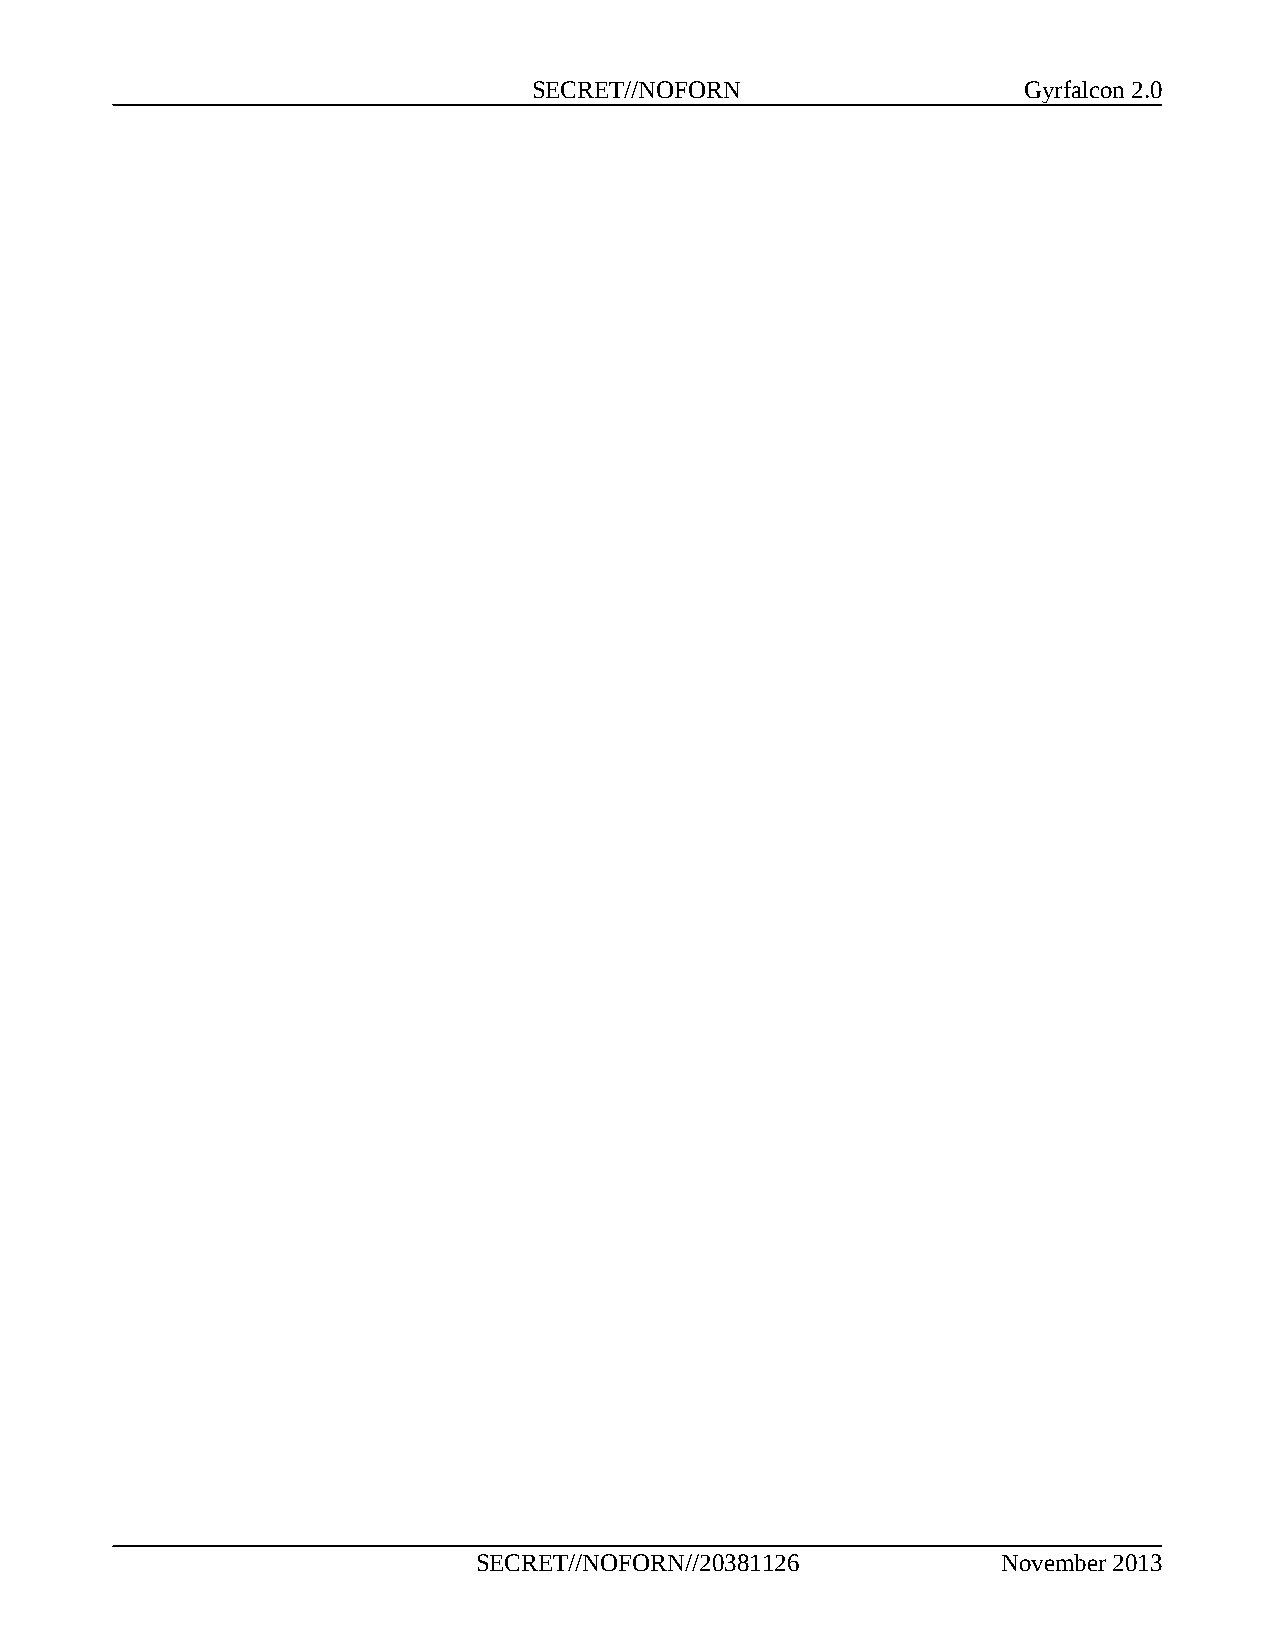
SECRET//NOFORN                   Gyrfalcon 2.0
 SECRET//NOFORN//20381126          November 2013